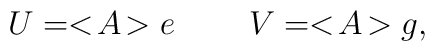
U=<\!A\!>e \: \: \: \: \: \: \: \: \: \: V=<\!A\!>g,